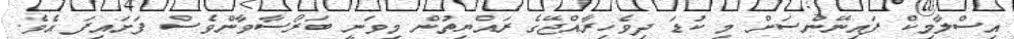
އިސްލާމިކް ފައިނޭންސަށް މި ކުޑަ ދިވެހިރާއްޖޭގެ ރައްޔިތުން މިވަނީ ބަރޯސާވާންވެސް ފަށައިފަ އެވެ.